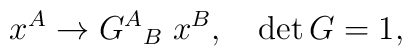
x^A\rightarrow {G^A}_B\;x^B,\quad \det G=1,